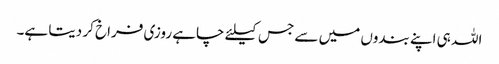
اللہ ہی اپنے بندوں میں سے جس کیلئے چاہے روزی فراخ کر دیتا ہے۔